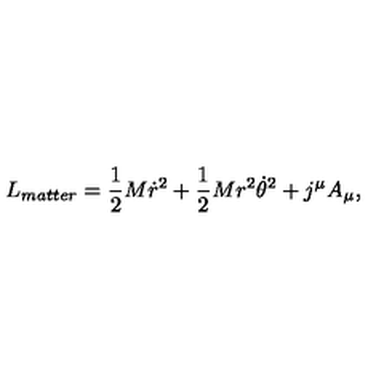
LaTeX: L _ { m a t t e r } = { \frac { 1 } { 2 } } M \dot { r } ^ { 2 } + { \frac { 1 } { 2 } } M r ^ { 2 } { \dot { \theta } } ^ { 2 } + j ^ { \mu } A _ { \mu } ,